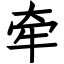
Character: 牵